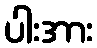
ပါးအား